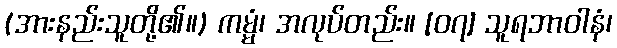
(အားနည်းသူတို့၏။) ကမ္မံ၊ အလုပ်တည်း။ [၀၇] သူရဘာဝါနံ၊